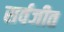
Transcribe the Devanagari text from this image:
सर्वजीत